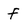
Character: f